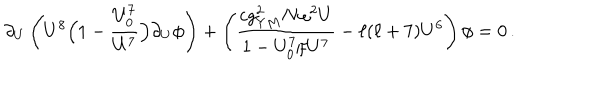
\partial _ { U } \left( U ^ { 8 } \Big ( 1 - { \frac { U _ { 0 } ^ { 7 } } { U ^ { 7 } } } \Big ) \partial _ { U } \phi \right) + \left( { \frac { c g _ { Y M } ^ { 2 } N \omega ^ { 2 } U } { 1 - U _ { 0 } ^ { 7 } / U ^ { 7 } } } - \ell ( \ell + 7 ) U ^ { 6 } \right) \phi = 0 \, .